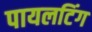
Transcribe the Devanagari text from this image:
पायलटिंग